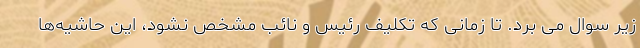
زیر سوال می برد. تا زمانی که تکلیف رئیس و نائب مشخص نشود، این حاشیه‌ها